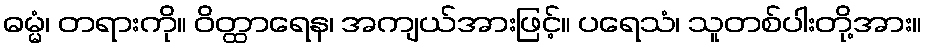
ဓမ္မံ၊ တရားကို။ ဝိတ္ထာရေန၊ အကျယ်အားဖြင့်။ ပရေသံ၊ သူတစ်ပါးတို့အား။